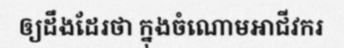
ឲ្យដឹងដែរថា ក្នុងចំណោមអាជីវករ